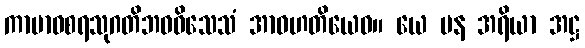
ကာမာဝစရသုဂတိဘဝဝိသေသံ အာဝဟတိယေဝ။ ယေ ပန အရိယာ အဋ္ဌ